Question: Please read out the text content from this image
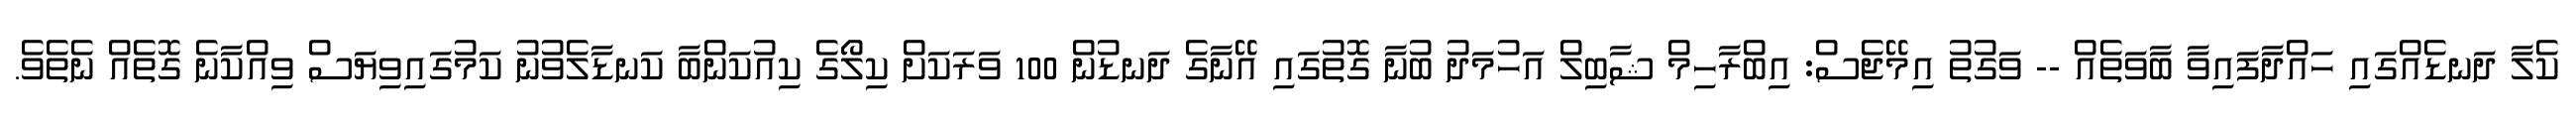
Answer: ކެލާ ދަނޑެއްގައި ހައްދާފައިވާ ބާވަތެއް -- ވަގުތު އިމޭޖެސް: އިބްރާހިމް ޝާބިލް އަހުމަދު ބުނާ ގޮތުގައި އޭނާގެ ދަނޑުން 100 ވަރަކަށް ކިލޯގެ ކިއުކަންބާ ކަނޑާލެވުނު ކަމުގައިވިޔަސް ވިއްކާނެ ގޮތެއް ނެތެވެ.